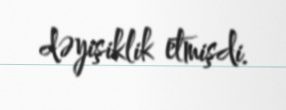
dəyişiklik etmişdi.